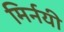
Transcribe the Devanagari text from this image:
मिर्नयी